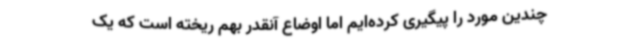
چندین مورد را پیگیری کرده‌ایم اما اوضاع آنقدر بهم ریخته است که یک